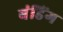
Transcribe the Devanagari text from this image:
बंडिंग